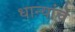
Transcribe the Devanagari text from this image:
धान्यांचे